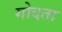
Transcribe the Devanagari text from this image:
गोदता